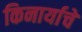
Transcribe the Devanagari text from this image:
किनार्याचे